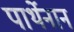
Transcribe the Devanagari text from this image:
पार्थेनान